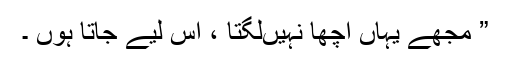
” مجھے یہاں اچھا نہیںلگتا ، اس لیے جاتا ہوں ۔